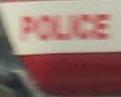
police